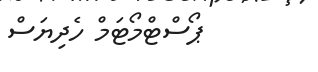
ޕޯސްޓްމޯޓަމް ހެދިޔަސް